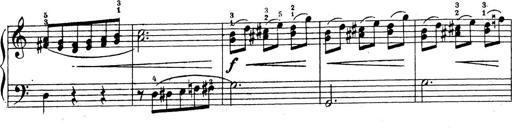
Title: 10 Sonatinas
Composer: Fritz Spindler